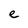
Character: e